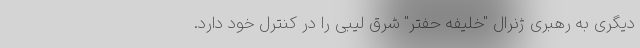
دیگری به رهبری ژنرال "خلیفه حفتر" شرق لیبی را در کنترل خود دارد.